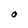
Character: O